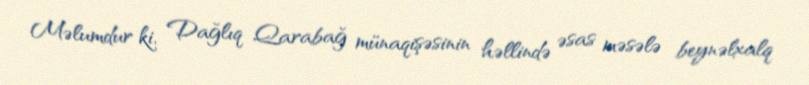
Məlumdur ki, Dağlıq Qarabağ münaqişəsinin həllində əsas məsələ beynəlxalq